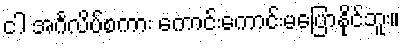
ငါ အင်္ဂလိပ်စကား ကောင်းကောင်းမပြောနိုင်ဘူး။